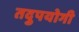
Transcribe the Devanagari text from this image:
तदुपयोगी